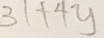
3 1 + 4 y